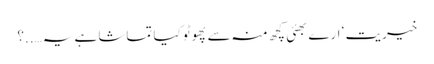
خیریت ‘ ارے بھئی کچھ منہ سے پھوٹو کیا تماشا ہے یہ…..؟